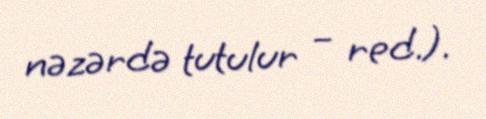
nəzərdə tutulur – red.).